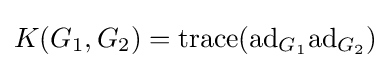
K(G_{1},G_{2})=\mathrm {trace} (\mathrm {ad} _{G_{1}}\mathrm {ad} _{G_{2}})